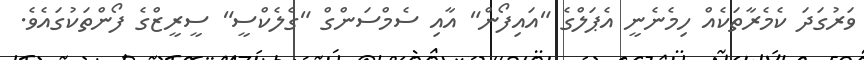
ވަރުގަދަ ކެމެރާތަކެއް ހިމެނެނީ އެޕަލްގެ "އައިފޯން" އާއި ސެމްސަންގް "ގެލެކްސީ" ސީރީޒްގެ ފޯންތަކުގައެވެ.